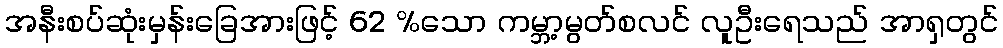
အနီးစပ်ဆုံးမှန်းခြေအားဖြင့် 62 %သော ကမ္ဘာ့မွတ်စလင် လူဦးရေသည် အာရှတွင်